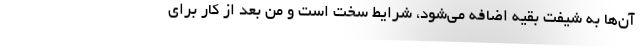
آن‌ها به شیفت بقیه اضافه می‌شود، شرایط سخت است و من بعد از کار برای